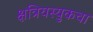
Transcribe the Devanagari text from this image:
क्षत्रियस्युकचा